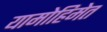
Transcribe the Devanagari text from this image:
यामोहिमेत